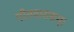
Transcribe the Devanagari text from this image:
पीतवाससम्‌।